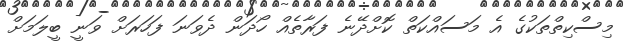
މިސްކިތްތަކުގެ އެ މަސައްކަތް ކޮށްދޭނެ ފަރާތެއް ހޯދަން ދެވަނަ ފަހަރަށް ވަނީ ބީލަމަށް